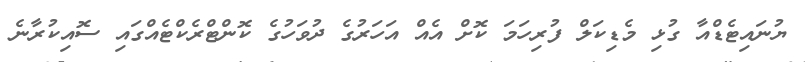
ޔުނައިޓެޑްއާ ގުޅި މެޑިކަލް ފުރިހަމަ ކޮށް އެއް އަހަރުގެ ދުވަހުގެ ކޮންޓްރެކްޓެއްގައި ސޮއިކުރާނެ